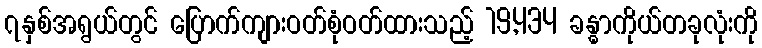
၇နှစ်အရွယ်တွင် ပြောက်ကျားဝတ်စုံဝတ်ထားသည့် 19,434 ခန္ဓာကိုယ်တခုလုံးကို